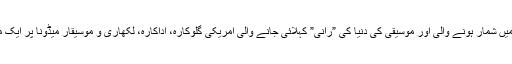
نیویارک جدت ویب ڈیسک :گزشتہ صدی کی 25 بااثر خواتین میں شمار ہونے والی اور موسیقی کی دنیا کی ”رانی” کہلائی جانے والی امریکی گلوکارہ، اداکارہ، لکھاری و موسیقار میڈونا پر ایک مداح نے تاخیر سے میوزیکل شو شروع کرنے پر مقدمہ کردیا۔